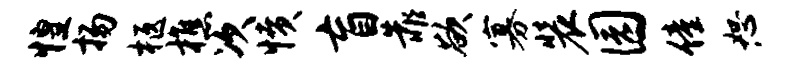
惶扬柩樵次愤盲靠欲寡装园僮恕